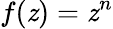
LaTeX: f(\mathit{z})=\mathit{z}^{n}